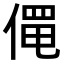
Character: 𬿄